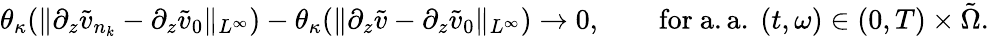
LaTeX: \theta_{\kappa}(\| \partial_{z}\tilde{v}_{n_{k}}-\partial_{z}\tilde{v}_{0}\| _{L^{\infty}})-\theta_{\kappa}(\| \partial_{z}\tilde{v}-\partial_{z}\tilde{v}_{0}\| _{L^{\infty}})\rightarrow 0,\qquad\mathrm{for~a.a.~}(t,\omega)\in(0,T)\times\tilde{\Omega}.